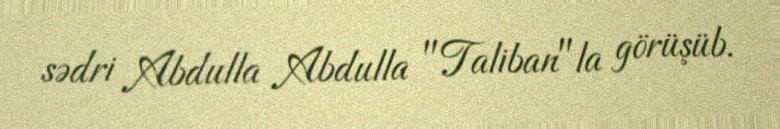
sədri Abdulla Abdulla "Taliban"la görüşüb.